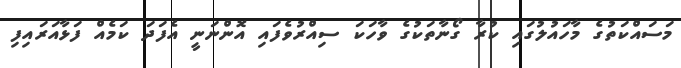
މަސައްކަތުގެ މާހައުލުގައި ކުރާ ގޯނާތަކުގެ ވާހަކަ ސިއްރުވެފައި އޮންނަނީ އެފަދަ ކަމެއް ފަޅާއަރައިފި